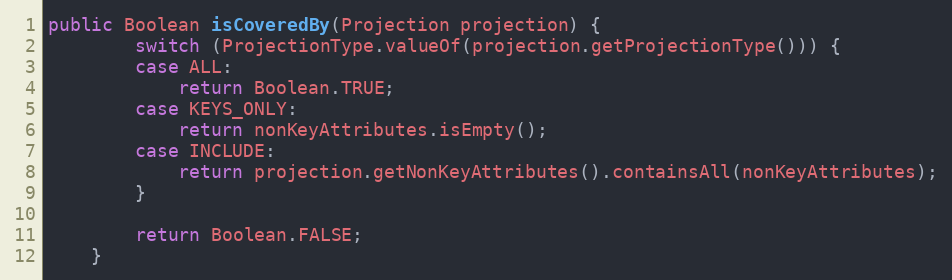
Language: Java
public Boolean isCoveredBy(Projection projection) {
        switch (ProjectionType.valueOf(projection.getProjectionType())) {
        case ALL:
            return Boolean.TRUE;
        case KEYS_ONLY:
            return nonKeyAttributes.isEmpty();
        case INCLUDE:
            return projection.getNonKeyAttributes().containsAll(nonKeyAttributes);
        }

        return Boolean.FALSE;
    }